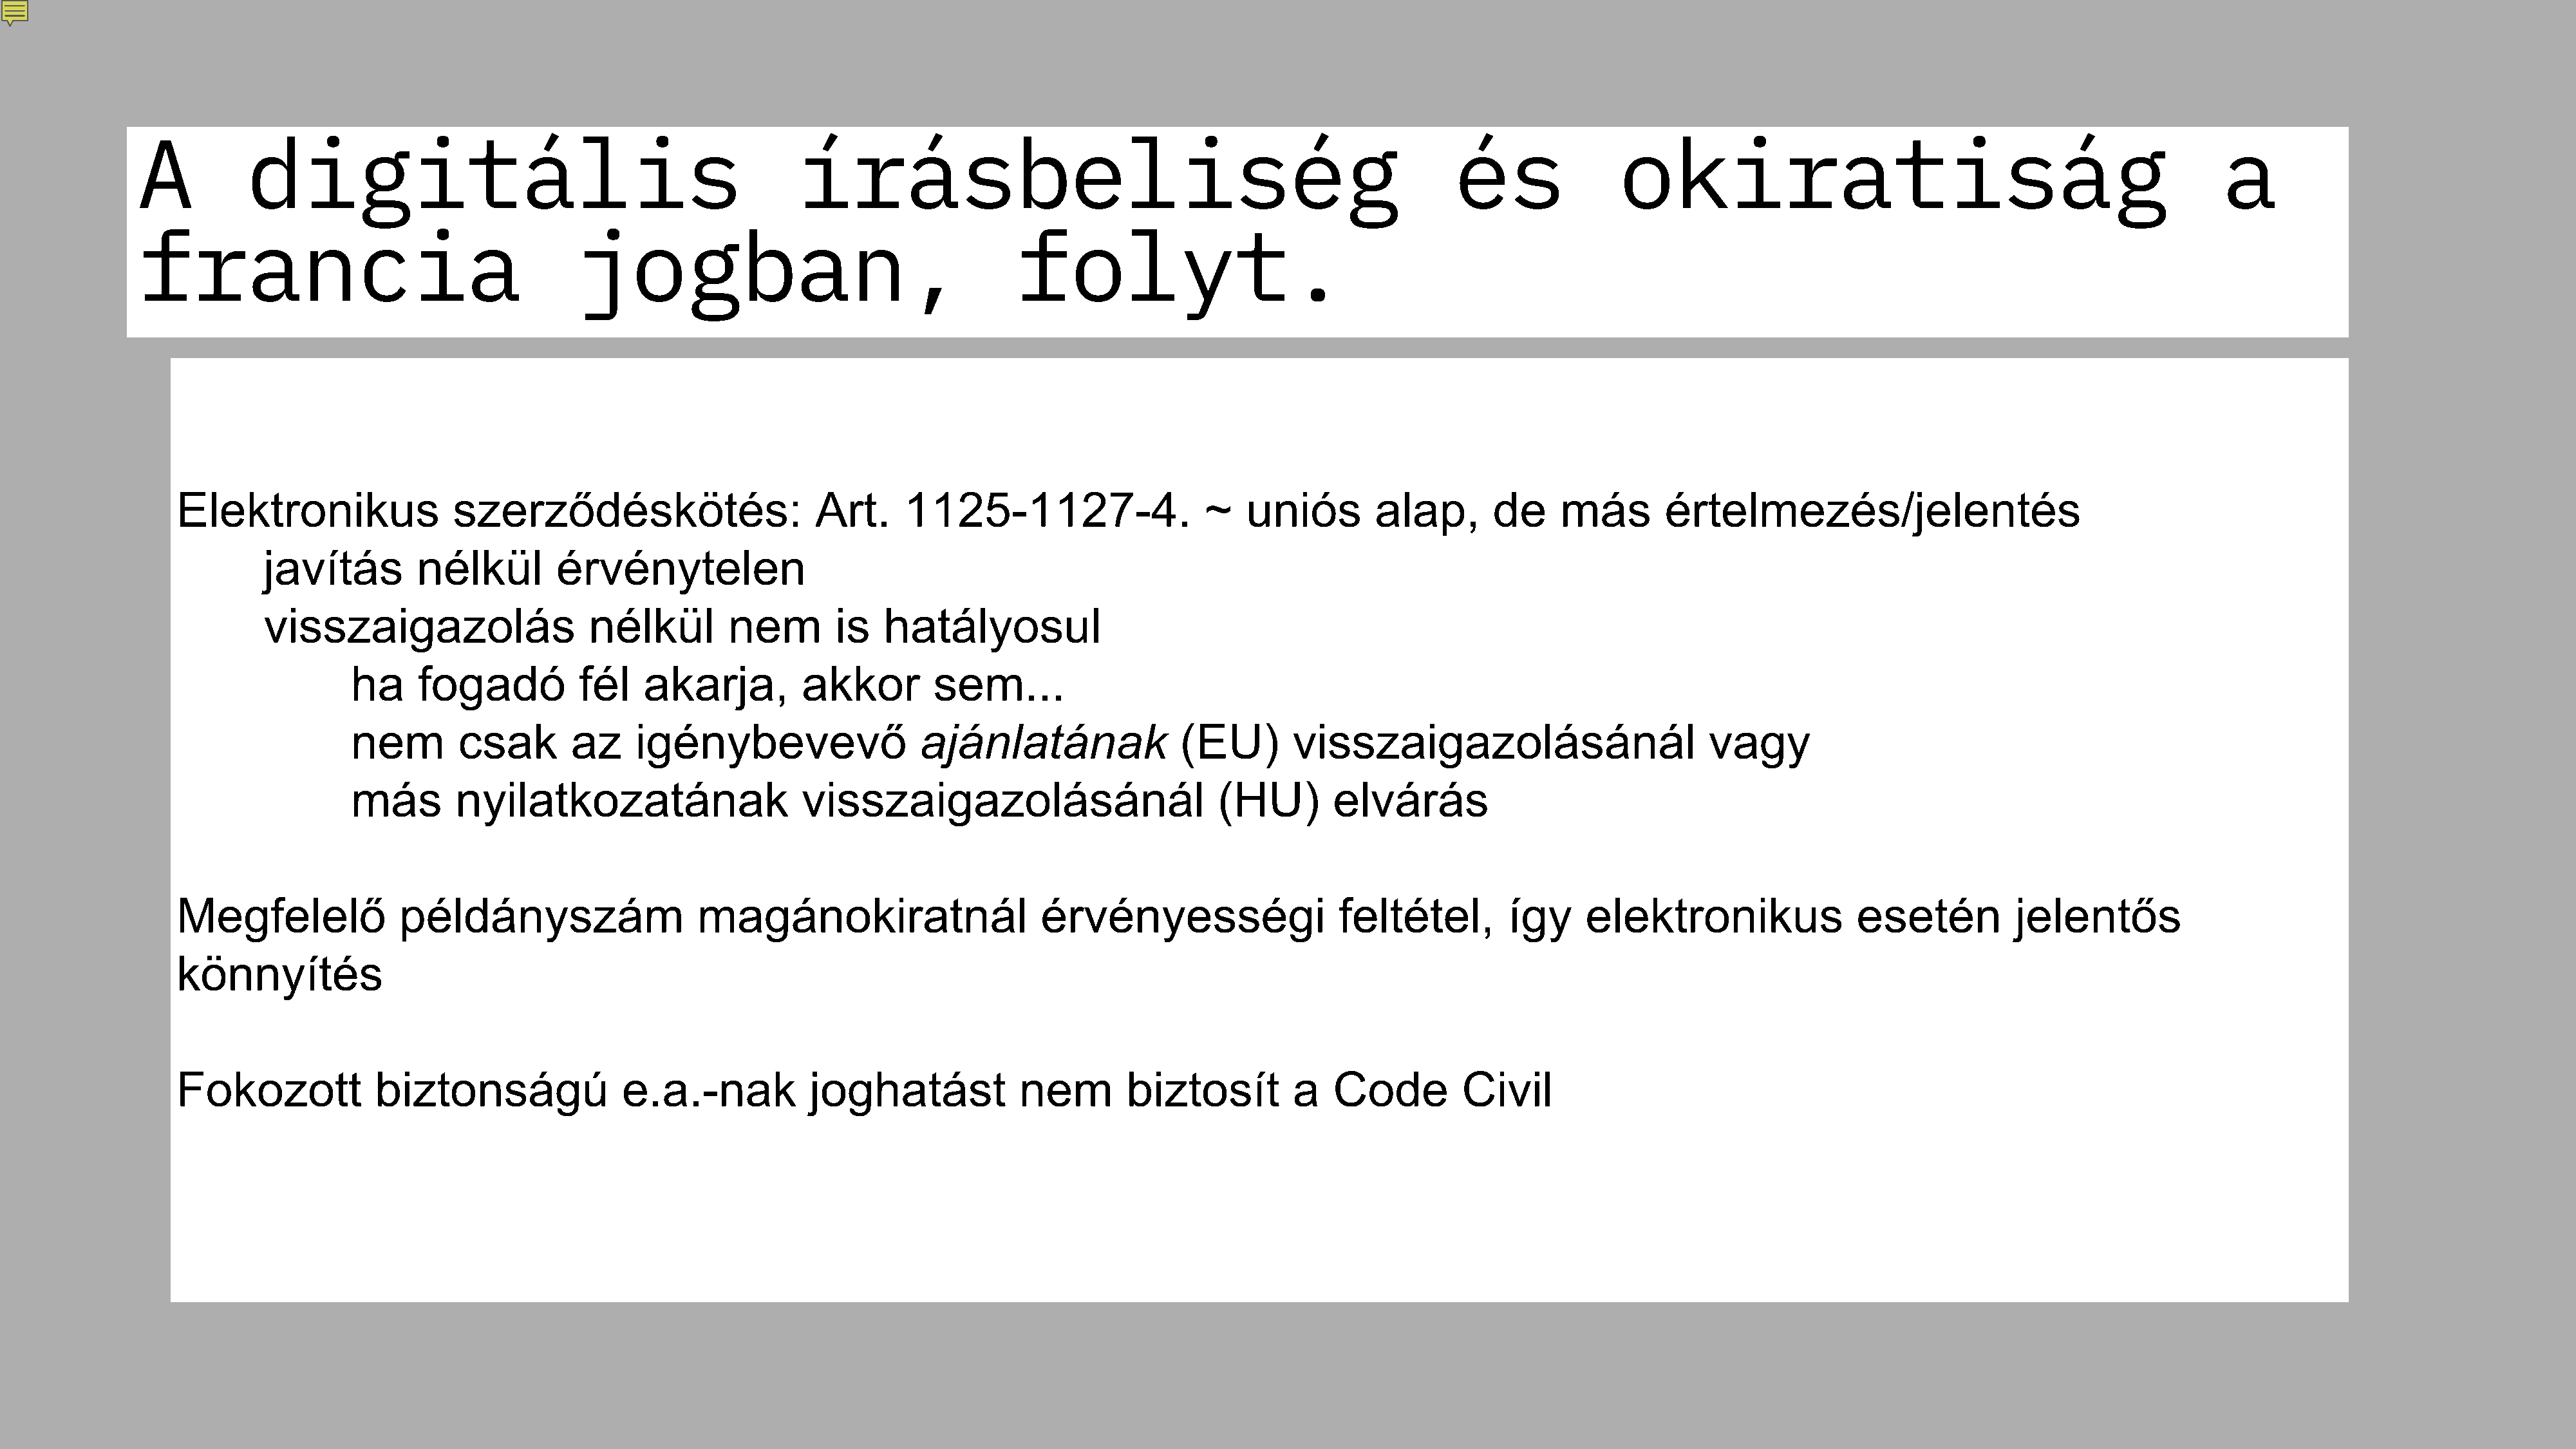
A          digitális                                                írásbeliség                                                        és               okiratiság                                                    a
 francia                                      jogban,                                       folyt.
 Elektronikus                 szerződéskötés:                      Art.     1125-1127-4.                   ~   uniós        alap,       de     más        értelmezés/jelentés
 javítás         nélkül        érvénytelen
 visszaigazolás                   nélkül         nem        is   hatályosul
 ha     fogadó           fél   akarja,         akkor         sem...
 nem        csak        az    igénybevevő                   ajánlatának               (EU)        visszaigazolásánál                         vagy
 más        nyilatkozatának                    visszaigazolásánál                         (HU)        elvárás
 Megfelelő              példányszám                    magánokiratnál                     érvényességi                   feltétel,        így     elektronikus                esetén          jelentős
 könnyítés
 Fokozott             biztonságú               e.a.-nak           joghatást             nem        biztosít         a   Code         Civil